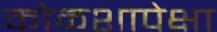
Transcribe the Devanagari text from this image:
कोळशापेक्षा